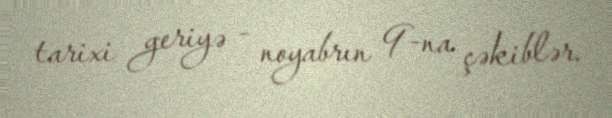
tarixi geriyə - noyabrın 9-na çəkiblər.